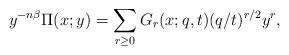
LaTeX: \begin{align*}y^{-n\beta}\Pi(x;y)=\sum_{r\geq 0}G_r(x;q,t) (q/t)^{r/2} y^r,\end{align*}